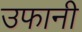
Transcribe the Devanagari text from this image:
उफानी